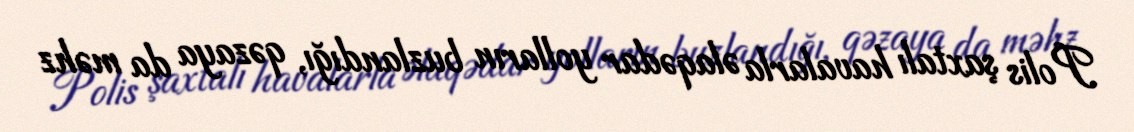
Polis şaxtalı havalarla əlaqədar yolların buzlandığı, qəzaya da məhz